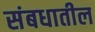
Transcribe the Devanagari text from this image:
संबधातील